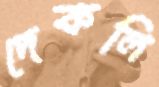
দেকলি